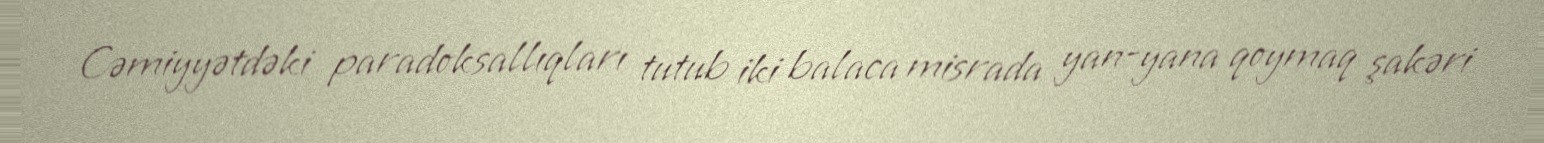
Cəmiyyətdəki paradoksallıqları tutub iki balaca misrada yan-yana qoymaq şakəri